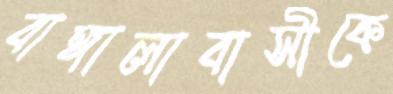
বাঙ্গালাবাসীকে